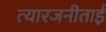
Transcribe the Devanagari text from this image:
त्यारजनीताई